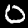
Label: 0